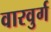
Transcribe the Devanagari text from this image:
वारवुर्ग